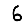
Digit: 6